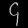
Digit: ၄